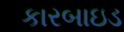
કારબાઇડ